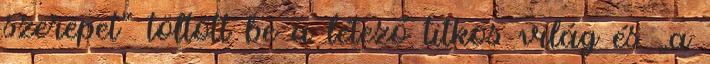
szerepet” töltött be a létező titkos világ és „a